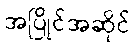
အပြိုင်အဆိုင်